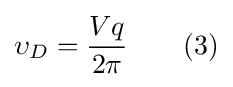
\upsilon _{D}={\frac {Vq}{2\pi }}\qquad (3)